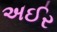
અઈર